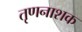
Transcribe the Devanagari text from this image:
तृणनाशक